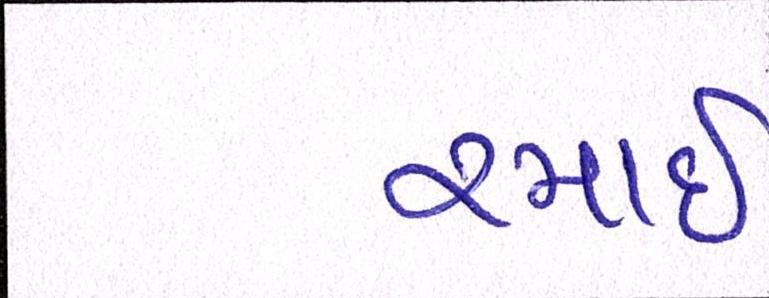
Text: રમાઈ